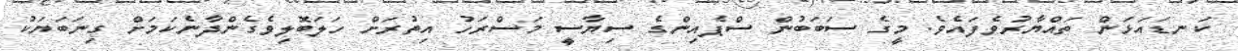
ކަނޑައަޅަން ތައްޔާރުވެފައެވެ. މީގެ ސަބަބުން ސްޕެއިންގެ ސިޔާސީ މަސްރަހު އިތުރަށް ހަލަބޮލިވެގެންދާނެކަމަށް ގިނަބަޔަކު